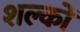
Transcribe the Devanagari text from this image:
शल्‍कों